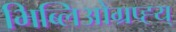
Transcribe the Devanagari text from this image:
भिब्लिओग्रप्ह्य्